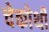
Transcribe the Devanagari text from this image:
चेकोथी